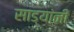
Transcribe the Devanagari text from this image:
साड्यांनी